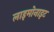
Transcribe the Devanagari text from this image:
लाइमोनाइट